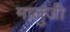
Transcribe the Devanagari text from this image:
मालुजी